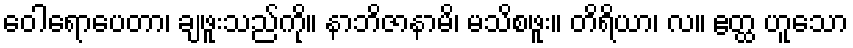
ဝေါရောပေတာ၊ ချဖူးသည်ကို။ နာဘိဇာနာမိ၊ မသိစဖူး။ တိရိယာ၊ လ။ ဧတ္ထ ဟူသော